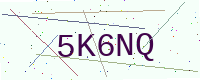
Text: 5K6NQ